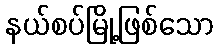
နယ်စပ်မြို့ဖြစ်သော